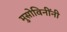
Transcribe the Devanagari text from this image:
मुसोविनींनी